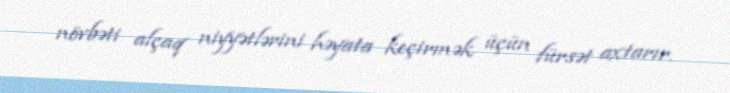
növbəti alçaq niyyətlərini həyata keçirmək üçün fürsət axtarır.